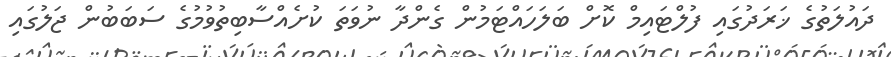
ދައުލަތުގެ ޚަރަދުގައި ފުލްޓައިމް ކޮށް ބަލަހައްޓަމުން ގެންދާ ނުވަތަ ކުށެއްސާބިތުވުމުގެ ސަބަބުން ޖަލުގައި